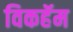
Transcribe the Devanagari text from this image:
विकहॅम